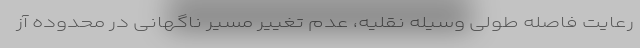
رعایت فاصله طولی وسیله نقلیه، عدم تغییر مسیر ناگهانی در محدوده آز